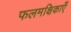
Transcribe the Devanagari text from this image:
फलमक्षिकाएँ